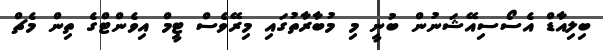
ބިލިއާޑް އެސޯސިއޭޝަނުން ބުނީ މި މުބާރާތުގައި މިރޭވެސް ޓީމް އިވެންޓްގެ ތިން މެޗް